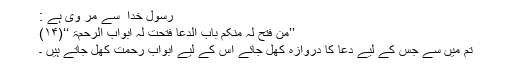
رسول خدا ؐ سے مر وی ہے :
’’من فتح لہ منکم باب الدعا فتحت لہ ابواب الرحمۃ ‘‘(۱۴)
تم میں سے جس کے لیے دعا کا دروازہ کھل جائے اس کے لیے ابواب رحمت کھل جاتے ہیں ۔